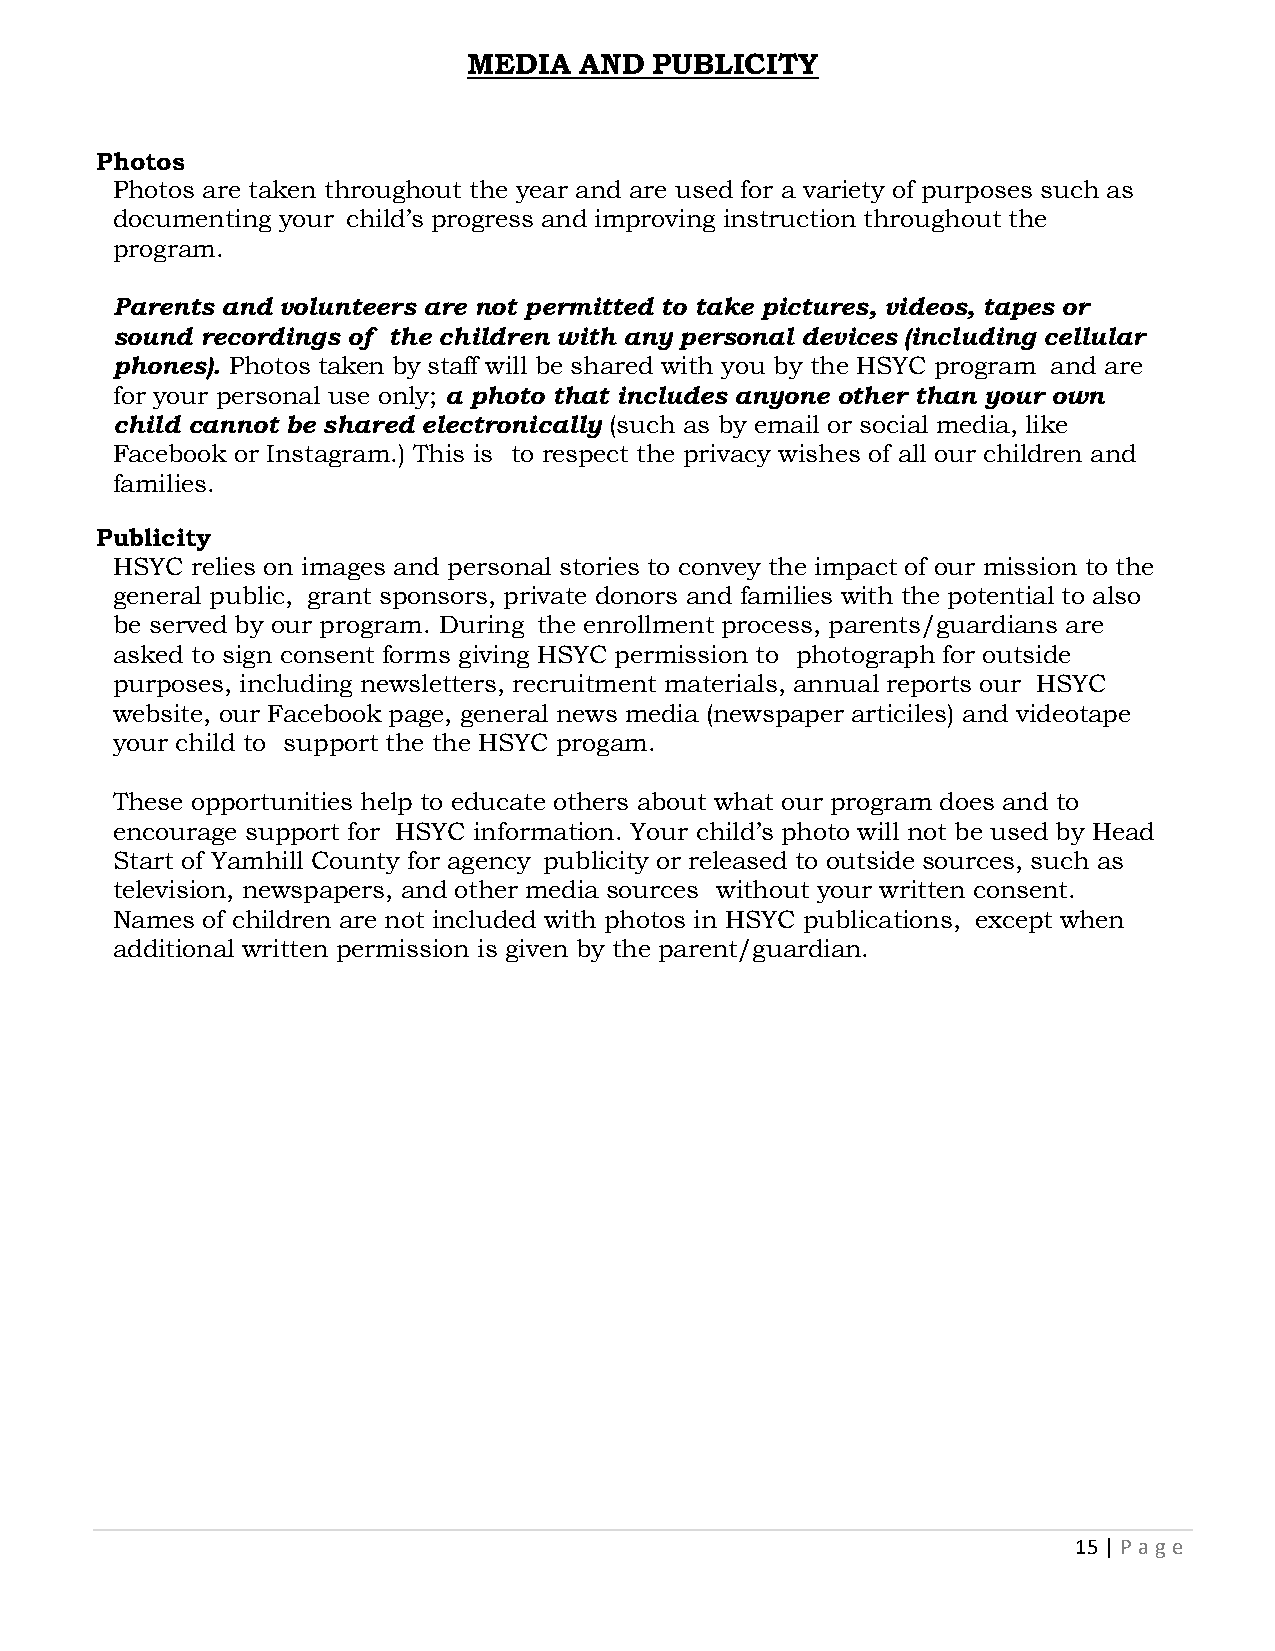
MEDIA  AND  PUBLICITY
 Photos
 Photos are taken throughout the year and are used for a variety of purposes such as
 documenting your child’s progress and improving instruction throughout the
 program.
 Parents and volunteers are not permitted to take pictures, videos, tapes or
 sound recordings of the children with any personal devices (including cellular
 phones). Photos taken by staff will be shared with you by the HSYC program and are
 for your personal use only; a photo that includes anyone other than your own
 child cannot be shared electronically (such as by email or social media, like
 Facebook or Instagram.) This is to respect the privacy wishes of all our children and
 families.
 Publicity
 HSYC  relies on images and personal stories to convey the impact of our mission to the
 general public, grant sponsors, private donors and families with the potential to also
 be served by our program. During the enrollment process, parents/guardians are
 asked to sign consent forms giving HSYC permission to photograph for outside
 purposes, including newsletters, recruitment materials, annual reports our HSYC
 website, our Facebook page, general news media (newspaper articiles) and videotape
 your child to support the the HSYC progam.
 These opportunities help to educate others about what our program does and to
 encourage support for HSYC information. Your child’s photo will not be used by Head
 Start of Yamhill County for agency publicity or released to outside sources, such as
 television, newspapers, and other media sources without your written consent.
 Names of children are not included with photos in HSYC publications, except when
 additional written permission is given by the parent/guardian.
 15 | P age